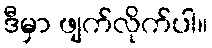
ဒီမှာ ဖျက်လိုက်ပါ။